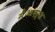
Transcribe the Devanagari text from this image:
मेंआदर्श